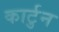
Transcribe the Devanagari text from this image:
कार्टुन